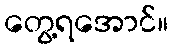
တွေ့ရအောင်။